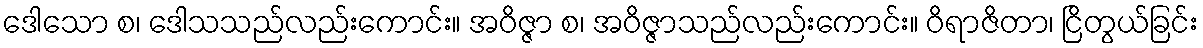
ဒေါသော စ၊ ဒေါသသည်လည်းကောင်း။ အဝိဇ္ဇာ စ၊ အဝိဇ္ဇာသည်လည်းကောင်း။ ဝိရာဇိတာ၊ ငြိတွယ်ခြင်း